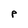
Character: p